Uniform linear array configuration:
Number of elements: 48
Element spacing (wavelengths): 0.75
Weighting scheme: hann
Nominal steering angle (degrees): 0
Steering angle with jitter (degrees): -0.8338
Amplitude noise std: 0.05
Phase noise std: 0.05

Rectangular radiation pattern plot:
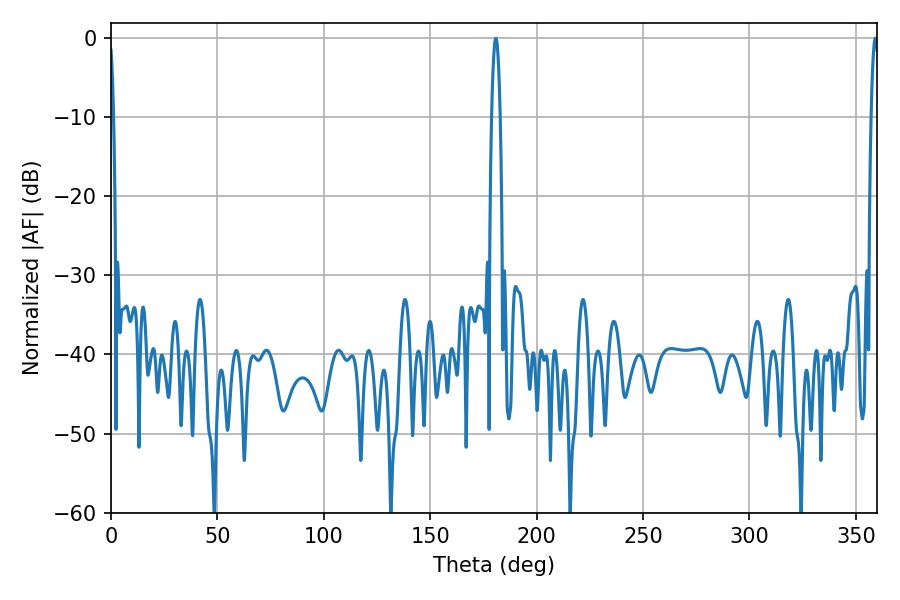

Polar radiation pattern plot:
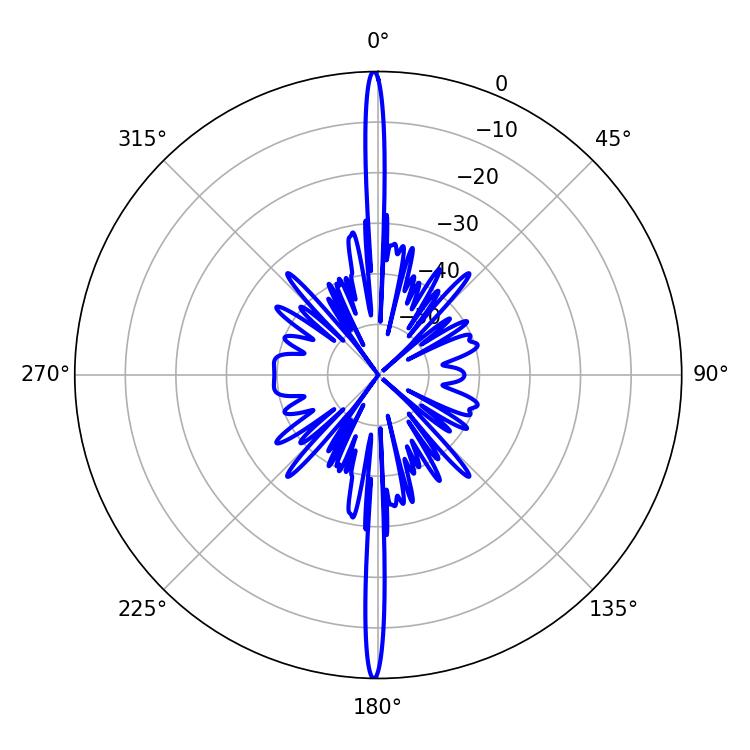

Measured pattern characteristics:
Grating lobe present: TRUE
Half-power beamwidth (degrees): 1.98
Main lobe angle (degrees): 359.1